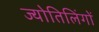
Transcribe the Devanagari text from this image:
ज्योतिलिंगों